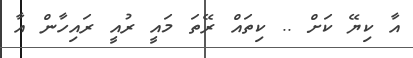
އާ ކިޔޭ ކަށް .. ކިތައް ރޭތަ މައީ ރުއީ ރައިހާން އާ